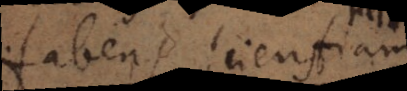
habens scientiam